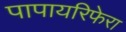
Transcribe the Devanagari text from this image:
पापायरिफेरा